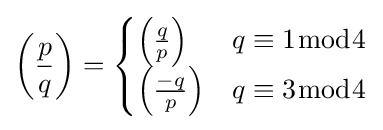
\left({\frac {p}{q}}\right)={\begin{cases}\left({\frac {q}{p}}\right)&q\equiv 1{\bmod {4}}\\\left({\frac {-q}{p}}\right)&q\equiv 3{\bmod {4}}\end{cases}}